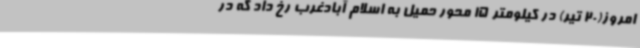
امروز(20 تیر) در کیلومتر 15 محور حمیل به اسلام آبادغرب رخ داد که در